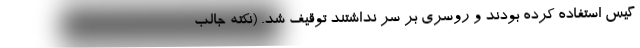
گيس استفاده کرده بودند و روسري بر سر نداشتند توقيف شد. (نکته جالب